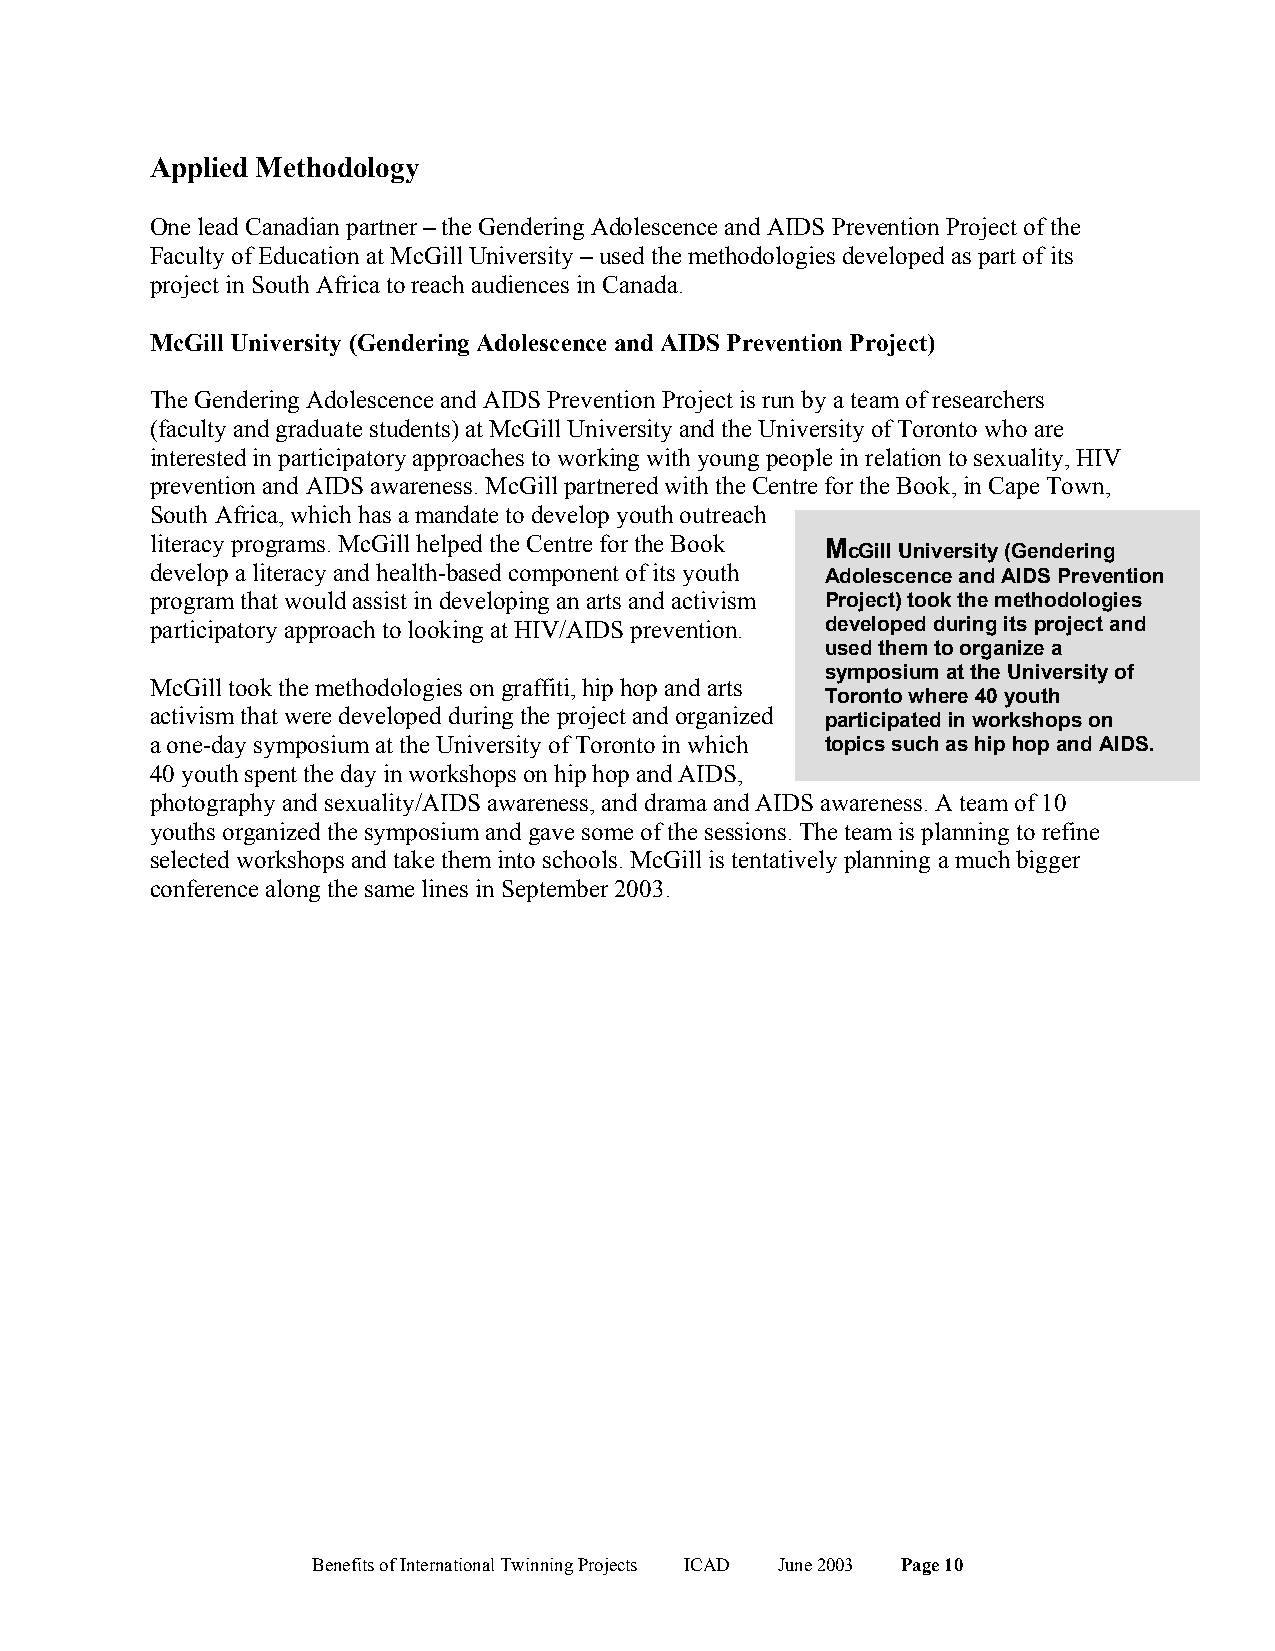
Applied Methodology
 One lead Canadian partner – the Gendering Adolescence and AIDS Prevention Project of the
 Faculty of Education at McGill University – used the methodologies developed as part of its
 project in South Africa to reach audiences in Canada.
 McGill University (Gendering Adolescence and AIDS Prevention Project)
 The Gendering Adolescence and AIDS Prevention Project is run by a team of researchers
 (faculty and graduate students) at McGill University and the University of Toronto who are
 interested in participatory approaches to working with young people in relation to sexuality, HIV
 prevention and AIDS awareness. McGill partnered with the Centre for the Book, in Cape Town,
 South Africa, which has a mandate to develop youth outreach
 literacy programs. McGill helped the Centre for the Book McGill University (Gendering
 develop a literacy and health-based component of its youth Adolescence and AIDS Prevention
 program that would assist in developing an arts and activism Project) took the methodologies
 participatory approach to looking at HIV/AIDS prevention. developed during its project and
 used them to organize a
 symposium at the University of
 McGill took the methodologies on graffiti, hip hop and arts
 Toronto where 40 youth
 activism that were developed during the project and organized participated in workshops on
 a one-day symposium at the University of Toronto in which topics such as hip hop and AIDS.
 40 youth spent the day in workshops on hip hop and AIDS,
 photography and sexuality/AIDS awareness, and drama and AIDS awareness. A team of 10
 youths organized the symposium and gave some of the sessions. The team is planning to refine
 selected workshops and take them into schools. McGill is tentatively planning a much bigger
 conference along the same lines in September 2003.
 Benefits of International Twinning Projects ICAD June 2003 Page 10